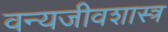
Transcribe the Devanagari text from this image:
वन्यजीवशास्त्र